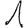
Digit: 1